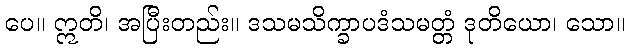
ပေ။ ဣတိ၊ အပြီးတည်း။ ဒသမသိက္ခာပဒံသမတ္တံ ဒုတိယော၊ သော။